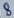
Text: 8